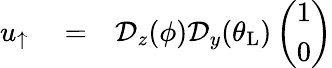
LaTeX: \begin{array}{rlr}{u_{\uparrow}}&{{}=}&{\mathcal{D}_{z}(\phi)\mathcal{D}_{y}(\theta_{\mathrm{L}})\left(\begin{array}{c}{1}\\ {0}\end{array}\right)}\end{array}